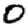
Digit: 0